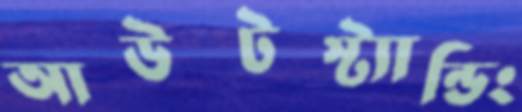
আউটস্ট্যান্ডিং